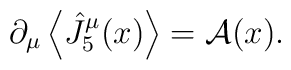
\partial_\mu \left\langle \hat{J}^\mu_5(x) \right\rangle = {\cal A}(x) .